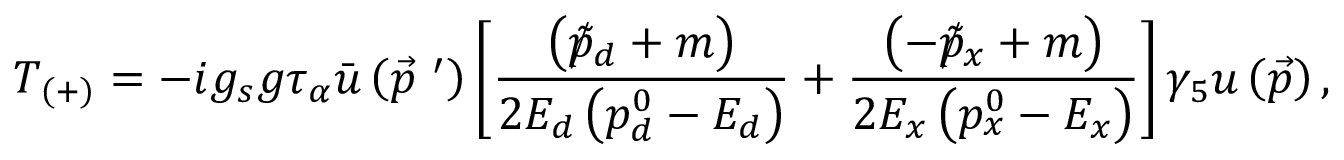
T _ { \left( + \right) } = - i g _ { s } g \tau _ { \alpha } \bar { u } \left( \vec { p } ^ { \ \prime } \right) \left[ \frac { \left( \rlap / \tilde { p } _ { d } + m \right) } { 2 E _ { d } \left( p _ { d } ^ { 0 } - E _ { d } \right) } + \frac { \left( - \rlap / \tilde { p } _ { x } + m \right) } { 2 E _ { x } \left( p _ { x } ^ { 0 } - E _ { x } \right) } \right] \gamma _ { 5 } u \left( \vec { p } \right) ,